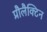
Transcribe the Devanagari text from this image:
प्रौलैक्टिन